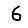
Digit: 6